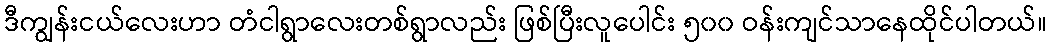
ဒီကျွန်းငယ်လေးဟာ တံငါရွာလေးတစ်ရွာလည်း ဖြစ်ပြီးလူပေါင်း ၅၀၀ ဝန်းကျင်သာနေထိုင်ပါတယ်။